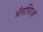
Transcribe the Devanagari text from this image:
मँगणिज